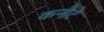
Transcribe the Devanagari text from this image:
कनौटे